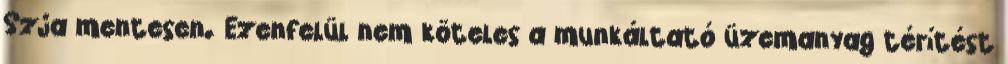
Szja mentesen. Ezenfelül nem köteles a munkáltató üzemanyag térítést